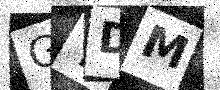
Text: GYDM